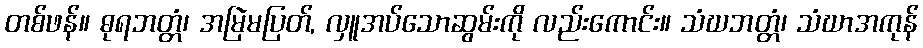
တစ်ဖန်။ ဓုရဘတ္တံ၊ အမြဲမပြတ်, လှူအပ်သောဆွမ်းကို လည်းကောင်း။ သံဃဘတ္တံ၊ သံဃာအကုန်